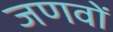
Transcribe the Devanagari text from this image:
जणवों